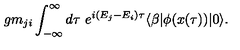
g m _ { j i } \int _ { - \infty } ^ { \infty } d \tau \ e ^ { i ( E _ { j } - E _ { i } ) \tau } \langle \beta | \phi ( x ( \tau ) ) | 0 \rangle .